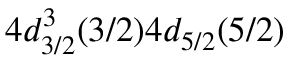
4 d _ { 3 / 2 } ^ { 3 } ( 3 / 2 ) 4 d _ { 5 / 2 } ( 5 / 2 )